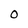
Character: 0